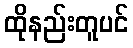
ထိုနည်းတူပင်